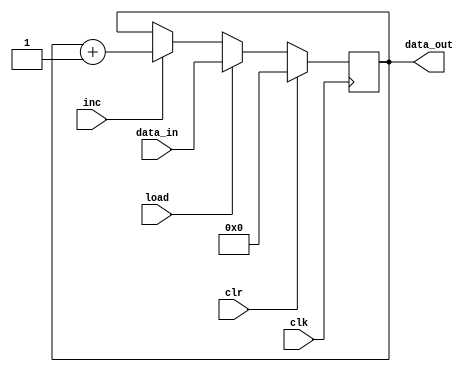
`timescale 1ns / 1ps
//////////////////////////////////////////////////////////////////////////////////
// Company: 
// Engineer: 
// 
// Design Name: 
// Module Name: pc
// Project Name: 
// Target Devices: 
// Tool Versions: 
// Description: 
// 
// Dependencies: 
// 
// Revision:
// Revision 0.01 - File Created
// Additional Comments:
// 
//////////////////////////////////////////////////////////////////////////////////


module PC ( input [5:0] data_in, input load, inc, clr, clk, 
output reg [5:0] data_out );
always @( posedge clk )
if( clr ) data_out <= 6'b000_000;
else if( load ) data_out <= data_in;
else if( inc ) data_out <= data_out + 1;
endmodule